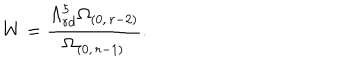
W = \frac { \Lambda _ { r d } ^ { 5 } \Omega _ { ( 0 , \, r - 2 ) } } { \Omega _ { ( 0 , \, r - 1 ) } } .